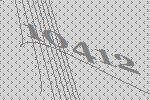
10412